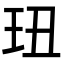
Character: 㺲